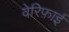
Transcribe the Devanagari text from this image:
वेरिफ़ाई